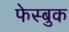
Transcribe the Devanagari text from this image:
फेस्बुक